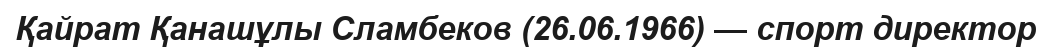
Қайрат Қанашұлы Сламбеков (26.06.1966) — спорт директор